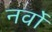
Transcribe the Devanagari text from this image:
नर्वो